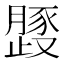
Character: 𱥈